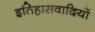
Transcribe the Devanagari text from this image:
इतिहासवादियों